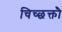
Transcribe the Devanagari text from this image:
चिच्छक्तौ